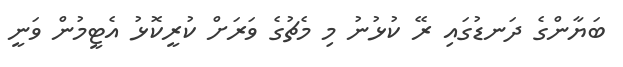
ބަޔާންގެ ދަނޑުގައި ރޭ ކުޅުނު މި މެޗުގެ ވަރަށް ކުރީކޮޅު އެޓީމުން ވަނީ